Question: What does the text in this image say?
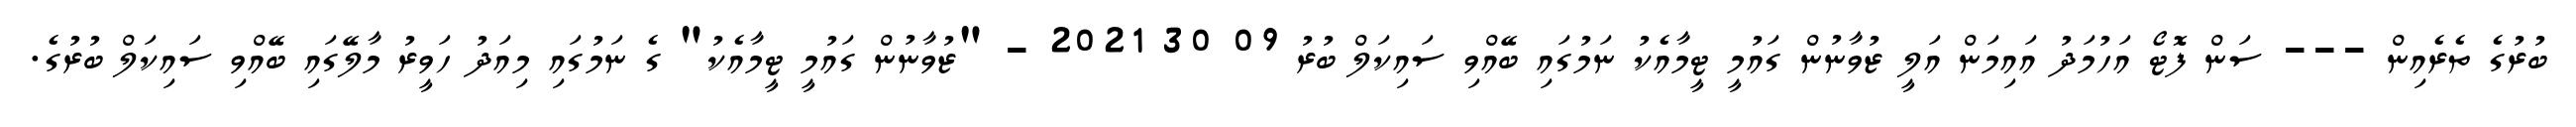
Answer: ބުރުގެ ތެރެއިން --- ސަން ފޮޓޯ އަހުމަދު އައިމަން އަލީ ޒުވާނުން ގައުމީ ޓީމާއެކު ނަމުގައި ބޭއްވި ސައިކަލް ބުރު 09 30 2021 - "ޒުވާނުން ގައުމީ ޓީމާއެކު" ގެ ނަމުގައި މިއަދު ހަވީރު މާލޭގައި ބޭއްވި ސައިކަލް ބުރުގެ.